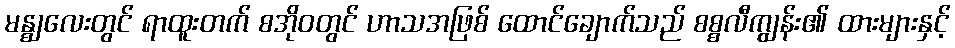
မန္ဈလေးတွင် ရာထူးတက် စအိုဝတွင် ဟာသအဖြစ် ထောင်ချောက်သည် စစ္စလီကျွန်း၏ ထားများနှင့်